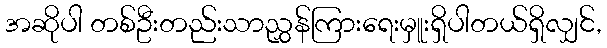
အဆိုပါ တစ်ဦးတည်းသာညွှန်ကြားရေးမှူးရှိပါတယ်ရှိလျှင်,